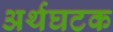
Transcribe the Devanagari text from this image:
अर्थघटक